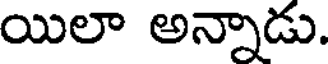
యిలా అన్నాడు.